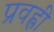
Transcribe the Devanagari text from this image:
प्रवह्ली